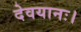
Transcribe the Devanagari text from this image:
देवयानः।